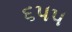
૬૫૫